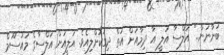
ބުނާނަން.." އަލްސާ އަލީ އާ ދިމާއަށް އަތް ދިގުކޮށްލިއެވެ. އަލީއަށް އަލްސާގެ މައުސޫމް